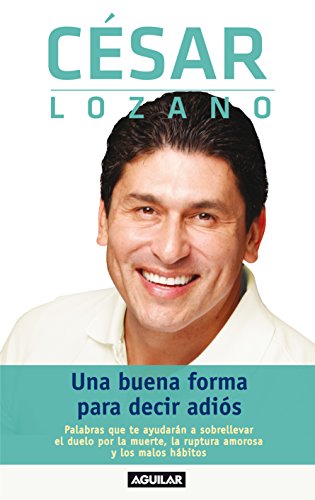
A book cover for Una buena forma para decir adiÃ³s (Spanish Edition); CÃ©sar Lozano; Self-Help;